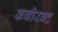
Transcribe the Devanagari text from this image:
कबीरवट